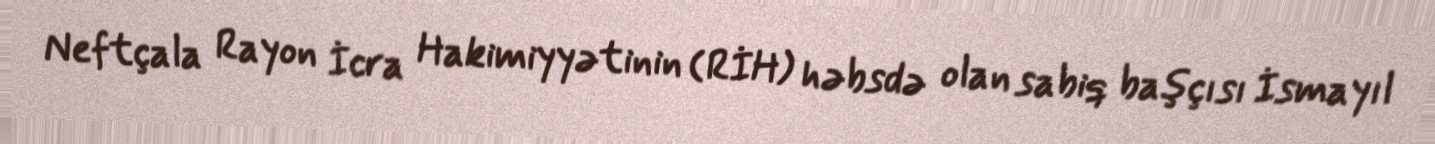
Neftçala Rayon İcra Hakimiyyətinin (RİH) həbsdə olan sabiq başçısı İsmayıl